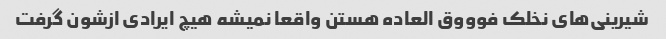
شیرینی‌های نخلک فوووق العاده هستن واقعا نمیشه هیچ ایرادی ازشون گرفت